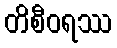
တိစီဝရဿ